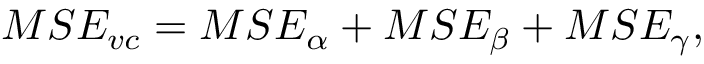
M S E _ { v c } = M S E _ { \alpha } + M S E _ { \beta } + M S E _ { \gamma } ,